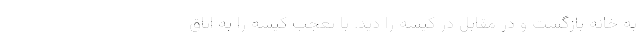
به خانه بازگشت و در مقابل در کیسه را دید. با تعجب کیسه را به اتاق